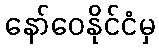
နော်ဝေနိုင်ငံမှ